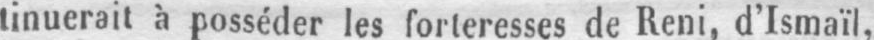
tinuerait à posséder les forteresses de Reni, d’Ismaïl,